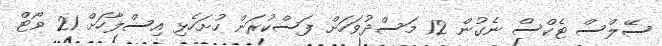
ސޭލްސް ޓެކްސް ނެގުން 12 މަސްދުވަހަށް ފަސްކުރަން ހުށަހެޅި އިސްލާހަށް 21 ވޯޓް